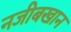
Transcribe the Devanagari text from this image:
नजीबखान